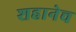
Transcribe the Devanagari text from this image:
शहानेच